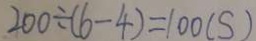
2 0 0 \div ( 6 - 4 ) = 1 0 0 ( S )